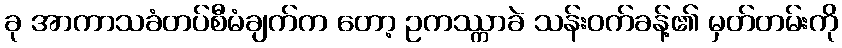
ခု အာကာသခံတပ်စီမံချက်က တော့ ဥကဿ္ကာခဲ သန်းဝက်ခန့်၏ မှတ်တမ်းကို